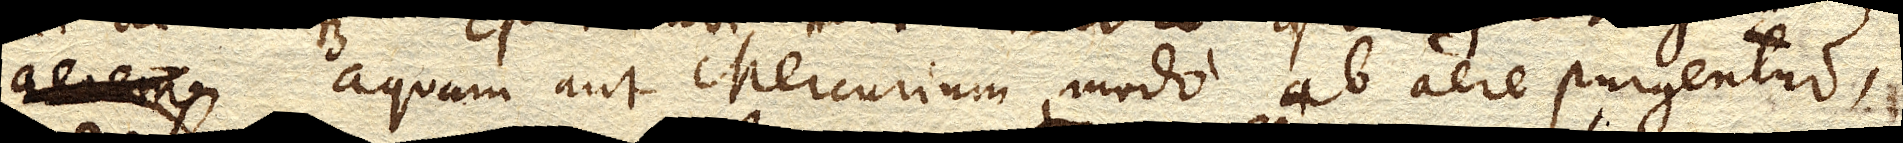
aerem aquam aut Mercurium, modo ab aere purgentur,